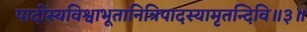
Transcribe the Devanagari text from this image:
पादोस्यविश्वाभूतानित्रिपादस्यामृतन्दिवि॥३॥